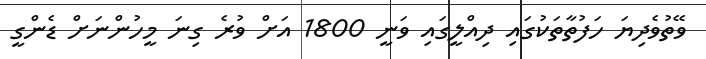
ވޭތުވެދިޔަ ހަފުތާތަކުގައި ދިއްލީގައި ވަނީ 1800 އަށް ވުރެ ގިނަ މީހުންނަށް ޑެންގީ